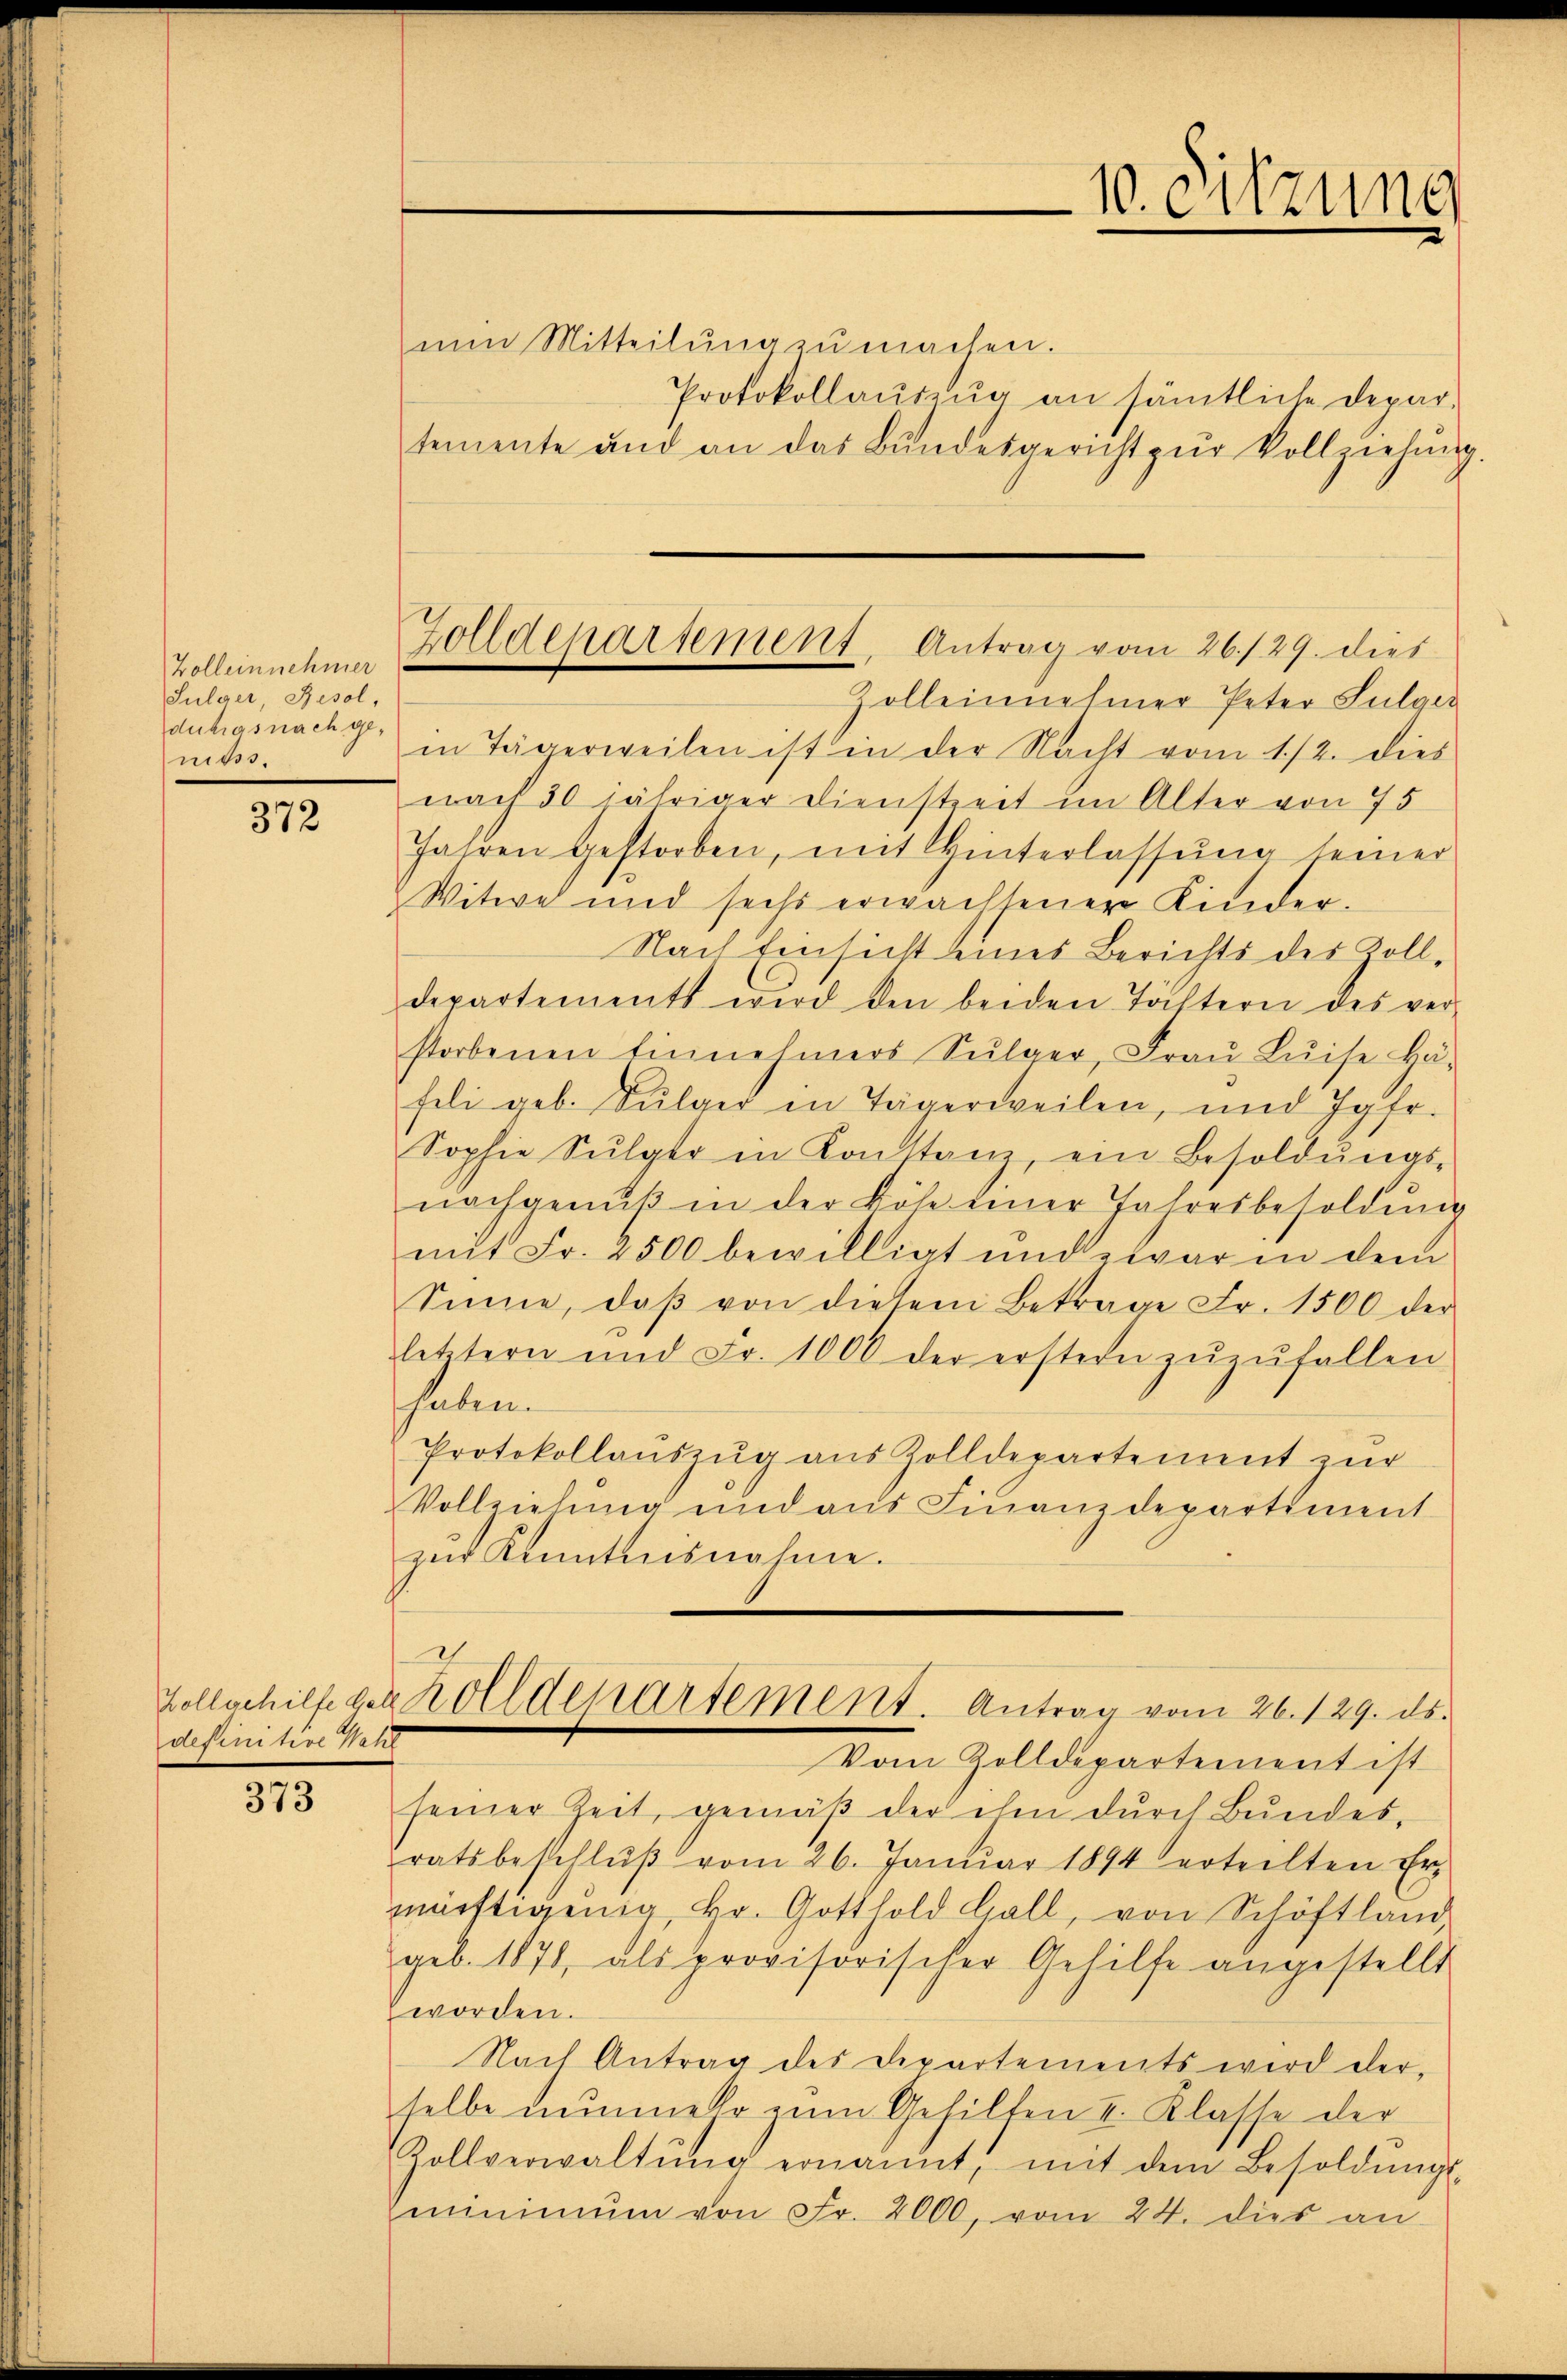
Zolleinnehmer
Sulger, Resol,
duhasnach genißss.

372

definitive Was

373

nŭn Mitteilŭng zŭ machen.
Protokollauszug an sämtliche Depar-
temente und an das Bundesgericht zŭr Vollziehung.
Zolleinnehmer Peter Sulger
in Tägerweilen ist in der Nacht vom 1./2. dies
nach 30 jähriger Dienstreit im Alter von 75
Jahren gestorben, mit Hinterlassŭng seiner
Witwe und sechs erwachsener Kinder-
Nach Einsicht eines Berichts des Zoll-
departements wird den beiden Töchtern des ver-
storbenen Einnehmers Sŭlger, Fraŭ Luise kä-
feli geb. Sulger in Tägerweilen, und Jgfr.
Sophie Sŭlger in Konstanz, ein Besoldŭngs-
nachgenŭβ in der Böse einer Jahresbesoldung
mit Fr. 2500 bewilligt und zwar in dem
Sinne, daβ von diesem Betrage Fr. 1500 der
letztern und Fr. 1000 der erstern zŭzŭfallen
haben
Protokollauszug aus Zolldepartement zur
Vollziehung und aus Finanzdepartiment
zŭr Kenntnisnahme.
Zollschilfe der Zolldepartement. Antrag vom 26. 129. ds.
4
Vom Zolldepartement ist
seiner Zeit, gemäβ der ihm durch Bundes,
ratsbeschlŭβ vom 26. Janŭar 1894 erteilten Er-
mürftigenig, Hr. Gotthold Hall, von Schöftland,
geb. 1871, als provisorischer Gehilfe angestellt
worden.
Nach Antrag des Departements wird der
selbe nunmehr zum Gehilten II. Klasse der
Zollverwaltŭng ernannt, mit dem Besoldungs-
minimum von Fr. 2000, vom 24. dies an

Zolldepartement, Antrag vom 26./29. dies

10. Sitzung